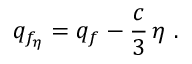
q _ { f _ { \eta } } = q _ { f } - { \frac { c } { 3 } } \, \eta ~ .